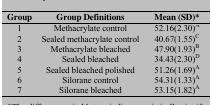
| Group | Group Definitions | Mean (SD)* |
 | --- | --- | --- |
 | 1 | Methacrylate control | 52.16(2.30)A |
 | 2 | Sealed methacrylate control | 40.67(1.55)C |
 | 3 | Methacrylate bleached | 47.90(1.93)B |
 | 4 | Sealed bleached | 34.43(2.30)D |
 | 5 | Sealed bleached polished | 51.26(1.69)A |
 | 6 | Silorane control | 54.31(1.33)A |
 | 7 | Silorane bleached | 53.15(1.82)A |